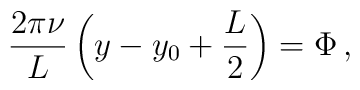
\frac{2\pi \nu}{L} \left(y-y_0 +\frac{L}{2}\right) = \Phi \, ,